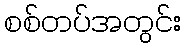
စစ်တပ်အတွင်း